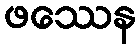
ဖဿေန